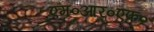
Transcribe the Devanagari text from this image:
एम०आर०एफ०